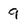
Character: 9